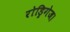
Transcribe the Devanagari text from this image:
रोड्रिगेज।